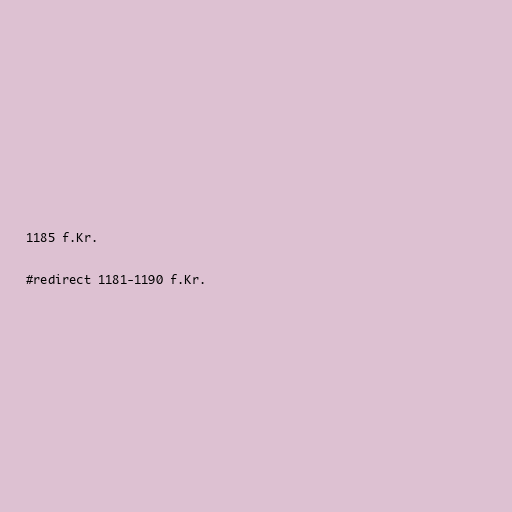
1185 f.Kr.

#redirect 1181-1190 f.Kr.